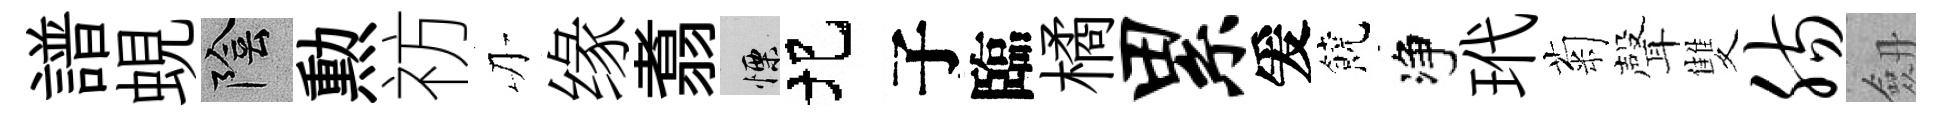
譜蜆陰勲祊刃缘翥慄圯子臨橘累爰饒净玳菊聲雙肠劔